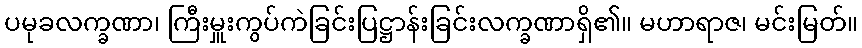
ပမုခလက္ခဏာ၊ ကြီးမှူးကွပ်ကဲခြင်းပြဋ္ဌာန်းခြင်းလက္ခဏာရှိ၏။ မဟာရာဇ၊ မင်းမြတ်။